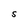
Character: S